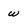
Character: w